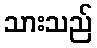
သားသည်